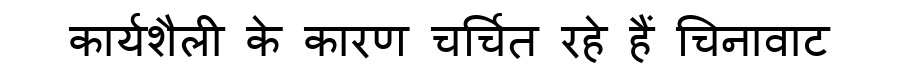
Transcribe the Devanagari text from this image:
कार्यशैली के कारण चर्चित रहे हैं चिनावाट